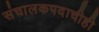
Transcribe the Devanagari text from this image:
संचालकपदाचीही